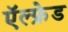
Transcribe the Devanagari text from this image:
ऍल्फ्रेड